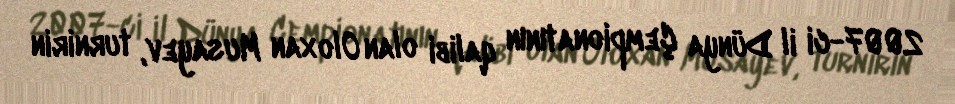
2007-ci il Dünya Çempionatının qalibi olan Oloxan Musayev, turnirin